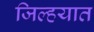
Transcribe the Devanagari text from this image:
जिल्‍हयात